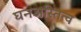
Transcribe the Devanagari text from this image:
घनअस्तित्व